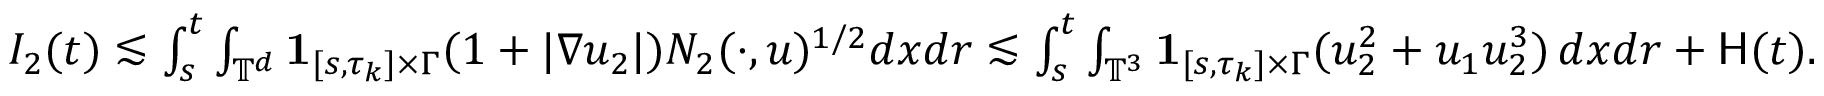
\begin{array} { r } { I _ { 2 } ( t ) \lesssim \int _ { s } ^ { t } \int _ { \mathbb { T } ^ { d } } { { \bf 1 } } _ { [ s , \tau _ { k } ] \times \Gamma } ( 1 + | \nabla u _ { 2 } | ) N _ { 2 } ( \cdot , u ) ^ { 1 / 2 } d x d r \lesssim \int _ { s } ^ { t } \int _ { \mathbb { T } ^ { 3 } } { { \bf 1 } } _ { [ s , \tau _ { k } ] \times \Gamma } ( u _ { 2 } ^ { 2 } + u _ { 1 } u _ { 2 } ^ { 3 } ) \, d x d r + \mathsf { H } ( t ) . } \end{array}